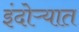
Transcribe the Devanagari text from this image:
इंदोऱ्यात